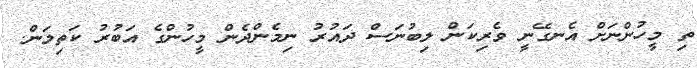
ތި މީހުންނަށް އެނގޭނީ ވެރިކަން ލިބުނަސް ދައުރު ނިމެންދެން މީހުންގެ އަބުރު ކަތިލަން.